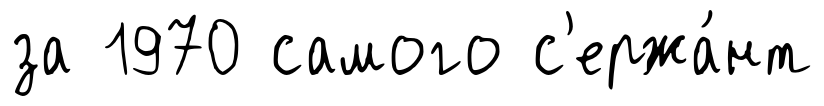
за 1970 самого с'ержа́нт